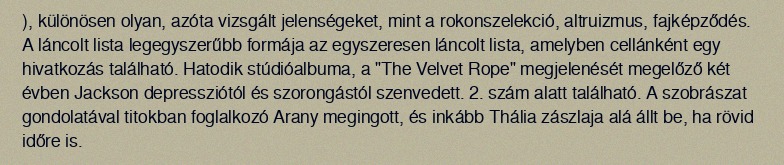
), különösen olyan, azóta vizsgált jelenségeket, mint a rokonszelekció, altruizmus, fajképződés. A láncolt lista legegyszerűbb formája az egyszeresen láncolt lista, amelyben cellánként egy hivatkozás található. Hatodik stúdióalbuma, a "The Velvet Rope" megjelenését megelőző két évben Jackson depressziótól és szorongástól szenvedett. 2. szám alatt található. A szobrászat gondolatával titokban foglalkozó Arany megingott, és inkább Thália zászlaja alá állt be, ha rövid időre is.